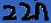
Text: 22n